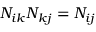
N _ { i k } N _ { k j } = N _ { i j }